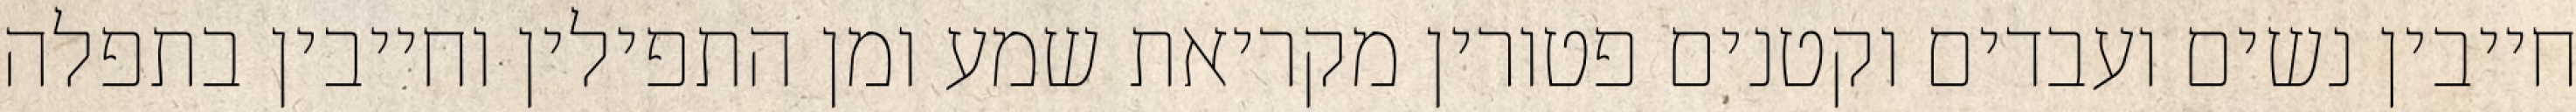
חייבין נשים ועבדים וקטנים פטורין מקריאת שמע ומן התפילין וחייבין בתפלה